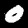
Digit: 0